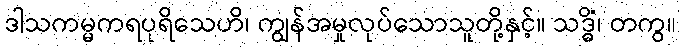
ဒါသကမ္မကရပုရိသေဟိ၊ ကျွန်အမှုလုပ်သောသူတို့နှင့်။ သဒ္ဓိံ၊ တကွ။